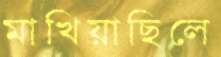
মাখিয়াছিলে